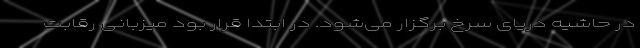
در حاشیه دریای سرخ برگزار می‌شود. در ابتدا قرار بود میزبانی رقابت